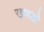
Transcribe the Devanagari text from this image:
खणडो